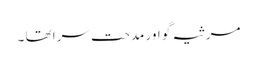
مرثیہ گو اور مدحت سرا تھا ۔